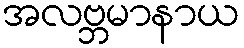
အလဗ္ဘမာနာယ